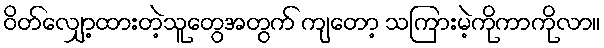
ဝိတ်လျှော့ထားတဲ့သူတွေအတွက် ကျတော့ သကြားမဲ့ကိုကာကိုလာ။